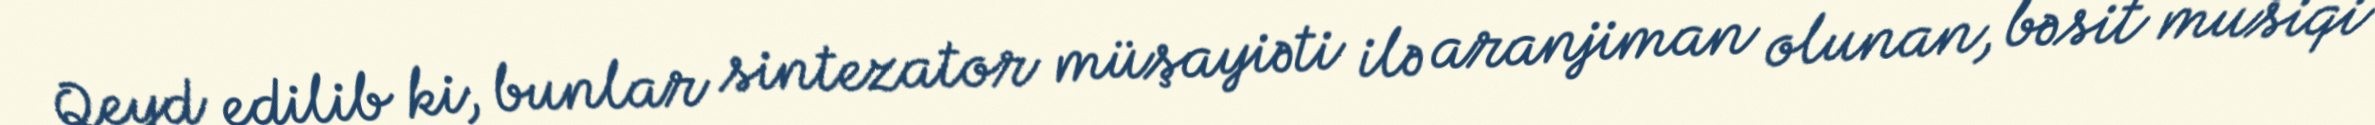
Qeyd edilib ki, bunlar sintezator müşayiəti ilə aranjiman olunan, bəsit musiqi